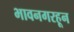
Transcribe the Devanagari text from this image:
भावनगरहून